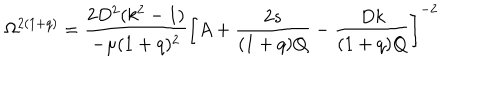
\Omega ^ { 2 ( 1 + q ) } = \frac { 2 D ^ { 2 } ( k ^ { 2 } - 1 ) } { - \mu ( 1 + q ) ^ { 2 } } \left[ A + \frac { 2 s } { ( 1 + q ) Q } - \frac { D k } { ( 1 + q ) Q } \right] ^ { - 2 }